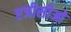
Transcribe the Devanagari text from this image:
एजीसीओ